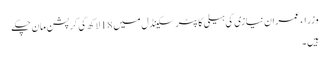
وزراء عمران نیازی کی ہیلی کاپٹر سکینڈل میں 18 لاکھ کی کرپشن مان چکے
ہیں ۔